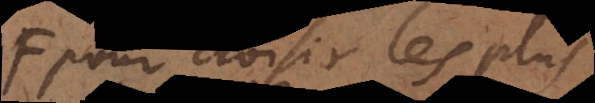
pour choisir les plus